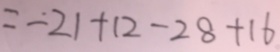
= - 2 1 + 1 2 - 2 8 + 1 6